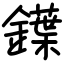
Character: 鐷